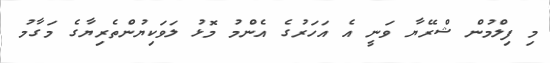
މި ފިލްމުން ޝްރޭޔާ ވަނީ އެ އަހަރުގެ އެންމު މޮޅު ލަވަކިޔުންތެރިޔާގެ މަގާމު